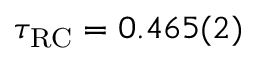
\tau _ { \mathrm { { R C } } } = 0 . 4 6 5 ( 2 )